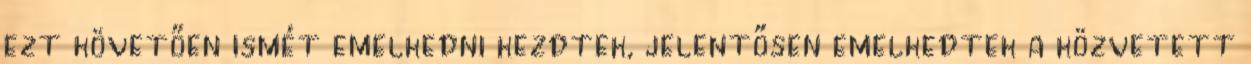
ezt követően ismét emelkedni kezdtek, jelentősen emelkedtek a közvetett